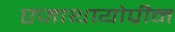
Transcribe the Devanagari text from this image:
एजाथायोप्रीन